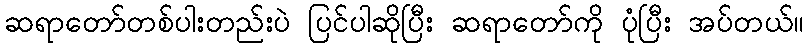
ဆရာတော်တစ်ပါးတည်းပဲ ပြင်ပါဆိုပြီး ဆရာတော်ကို ပုံပြီး အပ်တယ်။